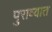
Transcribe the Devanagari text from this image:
पुराव्यात